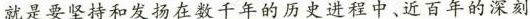
就是要坚持和发扬在数千年的历史进程中,近百年的深刻